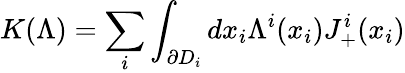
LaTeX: K(\Lambda)=\sum_{i}\int_{\partial D_{i}}dx_{i}\Lambda^{i}(x_{i})J_{+}^{i}(x_{i})